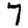
Digit: 7